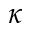
\kappa